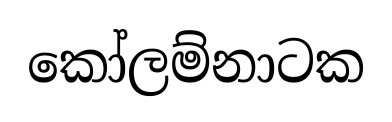
කෝලම්නාටක